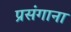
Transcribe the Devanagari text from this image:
प्रसंगाना